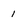
Character: 1